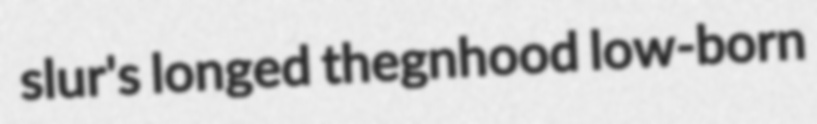
slur's longed thegnhood low-born